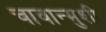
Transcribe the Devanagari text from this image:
चावान्मुशी